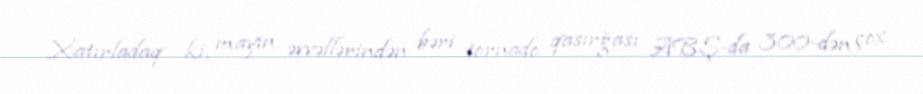
Xatırladaq ki, mayın əvvəllərindən bəri tornado qasırğası ABŞ-da 300-dən çox